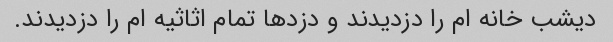
دیشب خانه ام را دزدیدند و دزدها تمام اثاثیه ام را دزدیدند.